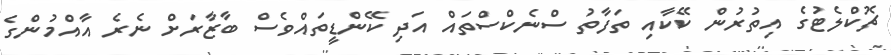
ޗޮކްލެޓުގެ އިތުރުން ކޭކާއި ތަފާތު ސްނެކްސްތައް އަދި ކޭންޑީތައްވެސް ބާޒާރަށް ނެރެ އާއްމުންގެ